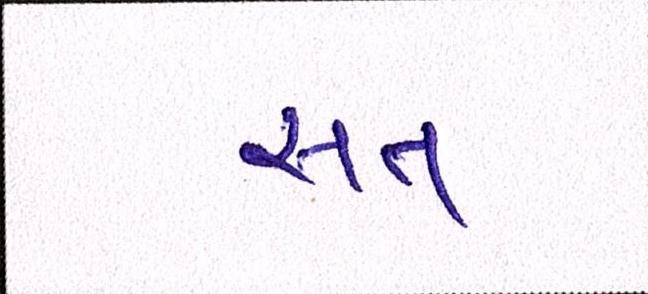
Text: સત્